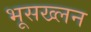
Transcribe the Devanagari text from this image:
भूसख्लन